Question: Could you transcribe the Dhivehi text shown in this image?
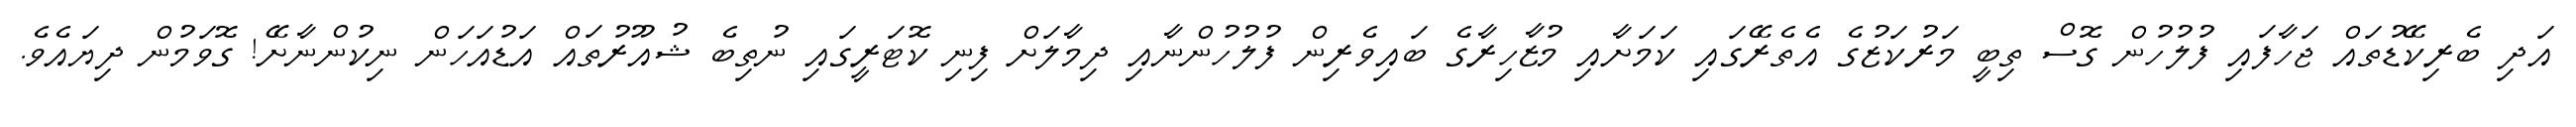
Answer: އަދި ބެރިކޭޑުތައް ޖަހާފައި ފުލުހުން ގޮސް ތިބީ މަރުކަޒުގެ އެތެރޭގައި ކަމަށާއި މުޒާހިރާގެ ބައިވެރިން ފުލުހުންނާއި ދިމާލަށް ފިނި ކޮޓަރީގައި ނުތިބެ ޝުއޫރުތައް އަޑުއަހަން ނިކުންނާށޭ! ގޮވަމުން ދިޔައެވެ.